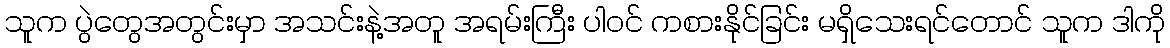
သူက ပွဲတွေအတွင်းမှာ အသင်းနဲ့အတူ အရမ်းကြီး ပါဝင် ကစားနိုင်ခြင်း မရှိသေးရင်တောင် သူက ဒါကို